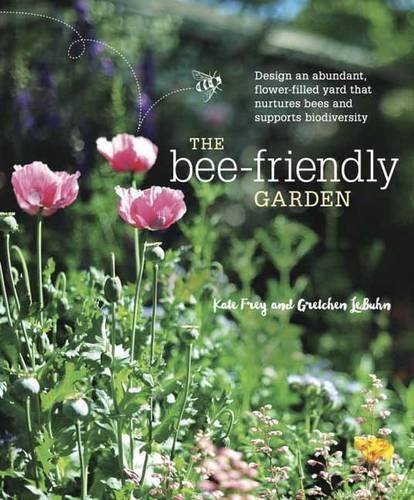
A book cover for The Bee-Friendly Garden: Design an Abundant, Flower-Filled Yard that Nurtures Bees and Supports Biodiversity; Kate Frey; Crafts, Hobbies & Home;